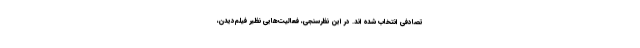
تصادفی انتخاب شده ­اند. در این نظرسنجی، فعالیت‌هایی نظیر فیلم‌دیدن،